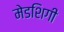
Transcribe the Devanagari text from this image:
मेडशिगी